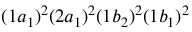
( 1 a _ { 1 } ) ^ { 2 } ( 2 a _ { 1 } ) ^ { 2 } ( 1 b _ { 2 } ) ^ { 2 } ( 1 b _ { 1 } ) ^ { 2 }